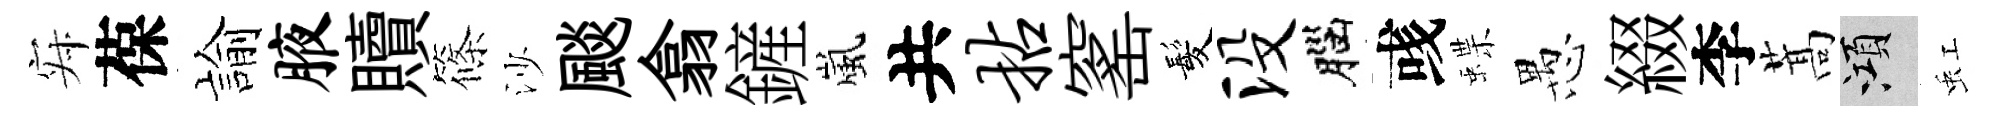
寂葆諭腋贖篠沙颷翕鏟嵐共拈窰髪没腦彧蝶愚綴李蒿澒虹